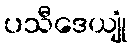
ပသီဒေယျုံ